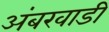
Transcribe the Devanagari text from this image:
अंबरवाडी